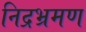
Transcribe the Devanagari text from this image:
निद्रभ्रमण